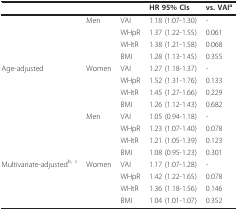
|  |  |  | HR 95% CIs | vs. VAIa |
 | --- | --- | --- | --- | --- |
 |  | Men | VAI | 1.18 (1.07-1.30) | - |
 |  |  | WHpR | 1.37 (1.22-1.55) | 0.061 |
 |  |  | WHtR | 1.38 (1.21-1.58) | 0.068 |
 |  |  | BMI | 1.28 (1.13-1.45) | 0.355 |
 | Age-adjusted | Women | VAI | 1.27 (1.18-1.37) | - |
 |  |  | WHpR | 1.52 (1.31-1.76) | 0.133 |
 |  |  | WHtR | 1.45 (1.27-1.66) | 0.229 |
 |  |  | BMI | 1.26 (1.12-1.43) | 0.682 |
 |  | Men | VAI | 1.05 (0.94-1.18) | - |
 |  |  | WHpR | 1.23 (1.07-1.40) | 0.078 |
 |  |  | WHtR | 1.21 (1.05-1.39) | 0.123 |
 |  |  | BMI | 1.08 (0.95-1.23) | 0.301 |
 | Multivariate-adjustedb, c | Women | VAI | 1.17 (1.07-1.28) | - |
 |  |  | WHpR | 1.42 (1.22-1.65) | 0.078 |
 |  |  | WHtR | 1.36 (1.18-1.56) | 0.146 |
 |  |  | BMI | 1.04 (1.01-1.07) | 0.352 |